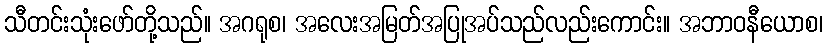
သီတင်းသုံးဖော်တို့သည်။ အဂရုစ၊ အလေးအမြတ်အပြုအပ်သည်လည်းကောင်း။ အဘာဝနီယောစ၊